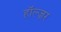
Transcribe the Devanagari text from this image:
हॉल्ज़र